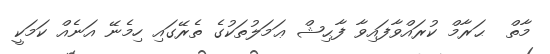
މާތް  ޙަރާމް ކުރައްވާފައިވާ ފާޙިޝް ޢަމަލުތަކުގެ ތެރޭގައި ހިމެނޭ އަނެއް ކަމަކީ